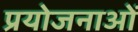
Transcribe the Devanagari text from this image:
प्रयोजनाओं